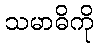
သမာဓိကို